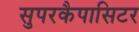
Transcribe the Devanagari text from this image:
सुपरकैपासिटर